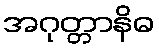
အဂုတ္တာနိဓ